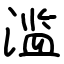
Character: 滥